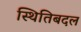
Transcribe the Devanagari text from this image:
स्थितिबदल